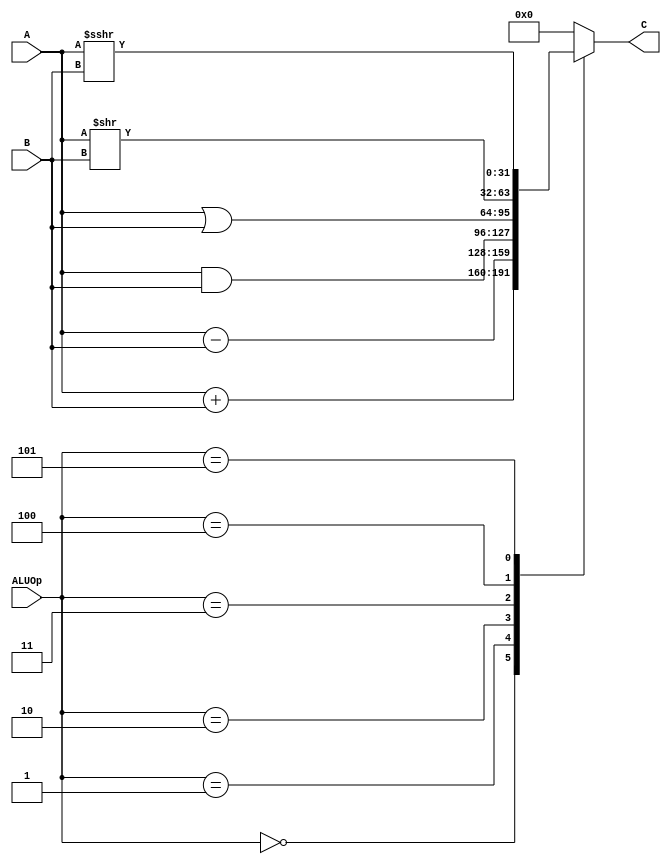
`timescale 1ns / 1ps
//////////////////////////////////////////////////////////////////////////////////
// Company: 
// Engineer: 
// 
// Design Name: 
// Module Name:    alu 
// Project Name: 
// Target Devices: 
// Tool versions: 
// Description: 
//
// Dependencies: 
//
// Revision: 
// Revision 0.01 - File Created
// Additional Comments: 
//
//////////////////////////////////////////////////////////////////////////////////
module alu(
    input [31:0] A,
    input [31:0] B,
    input [2:0] ALUOp,
    output reg [31:0] C
    );
	
	always @(*)	begin
        case (ALUOp)
            3'b000: 
                C = A + B;

            3'b001:
                C = A - B;
            
            3'b010:
                C = A & B;

            3'b011:
                C = A | B;

            3'b100:
                C = A >> B;

            3'b101:
                C = $signed (A)  >>> B;

            default:
                C = 32'h00000000; 
        endcase
    end

endmodule